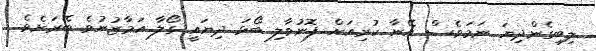
ލިބިގެންދިޔަ ނަމަވެސް އޭނާ ކުރިއަށް ފޮނުވާލި ބޯޅަ ދިޔައީ ގޯލާ އަމާޒުނުވެ ބޭރަށެވެ.